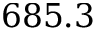
6 8 5 . 3